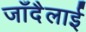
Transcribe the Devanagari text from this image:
जाँदैलाई